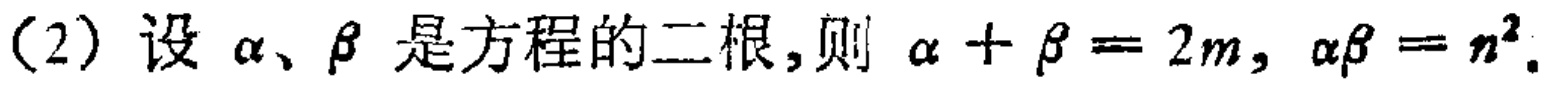
(2) 设 \(\alpha、\beta\) 是方程的二根,则 \(\alpha + \beta = 2m,\ \alpha\beta = n^{2}\).